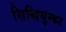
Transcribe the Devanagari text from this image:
सिद्धिथुम्का